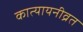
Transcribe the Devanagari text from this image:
कात्यायनीव्रत